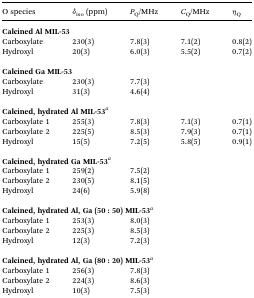
| O species | δiso (ppm) | PQ/MHz | CQ/MHz | ηQ |
 | --- | --- | --- | --- | --- |
 | <COLSPAN=5> Calcined Al MIL-53 |
 | Carboxylate | 230(3) | 7.8(3) | 7.1(2) | 0.8(2) |
 | Hydroxyl | 20(3) | 6.0(3) | 5.5(2) | 0.7(2) |
 | <COLSPAN=5>  |
 | <COLSPAN=5> Calcined Ga MIL-53 |
 | Carboxylate | 230(3) | 7.7(3) |  |  |
 | Hydroxyl | 31(3) | 4.6(4) |  |  |
 | <COLSPAN=5>  |
 | <COLSPAN=5> Calcined, hydrated Al MIL-53a |
 | Carboxylate 1 | 255(3) | 7.8(3) | 7.1(3) | 0.7(1) |
 | Carboxylate 2 | 225(5) | 8.5(3) | 7.9(3) | 0.7(1) |
 | Hydroxyl | 15(5) | 7.2(5) | 5.8(5) | 0.9(1) |
 | <COLSPAN=5>  |
 | <COLSPAN=5> Calcined, hydrated Ga MIL-53a |
 | Carboxylate 1 | 259(2) | 7.5(2) |  |  |
 | Carboxylate 2 | 230(5) | 8.1(5) |  |  |
 | Hydroxyl | 24(6) | 5.9(8) |  |  |
 | <COLSPAN=5>  |
 | <COLSPAN=5> Calcined, hydrated Al, Ga (50 : 50) MIL-53a |
 | Carboxylate 1 | 253(3) | 8.0(3) |  |  |
 | Carboxylate 2 | 225(3) | 8.5(3) |  |  |
 | Hydroxyl | 12(3) | 7.2(3) |  |  |
 | <COLSPAN=5>  |
 | <COLSPAN=5> Calcined, hydrated Al, Ga (80 : 20) MIL-53a |
 | Carboxylate 1 | 256(3) | 7.8(3) |  |  |
 | Carboxylate 2 | 224(3) | 8.6(3) |  |  |
 | Hydroxyl | 10(3) | 7.5(3) |  |  |